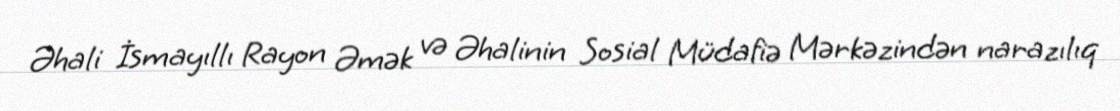
Əhali İsmayıllı Rayon Əmək və Əhalinin Sosial Müdafiə Mərkəzindən narazılıq